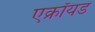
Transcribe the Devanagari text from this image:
एक्रॉयड